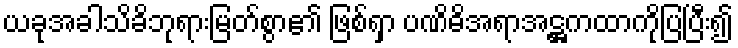
ယခုအခါသိခိဘုရားမြတ်စွာ၏ ဖြစ်ရှာ ပဏိဓိအရာအဋ္ဌကထာကိုပြပြီး၍